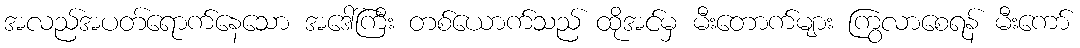
အလည်အပတ်ရောက်နေသော အဒေါ်ကြီး တစ်ယောက်သည် ထိုအင်မှ မီးတောက်များ ကြွလာစေရန် မီးကော်